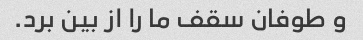
و طوفان سقف ما را از بین برد.